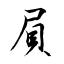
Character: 屓